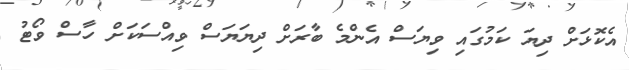
އެކޮޅަށް ދިޔަ ކަމުގައި ވިޔަސް އެންމެ ބާރަށް ދިޔަޔަސް ވިއްސަކަށް ހާސް ވޯޓު